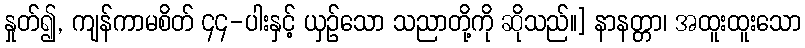
နှုတ်၍, ကျန်ကာမစိတ် ၄၄-ပါးနှင့် ယှဉ်သော သညာတို့ကို ဆိုသည်။] နာနတ္တာ၊ အထူးထူးသော